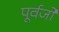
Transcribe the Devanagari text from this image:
पूर्वर्जों